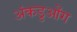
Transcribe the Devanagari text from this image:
अंकडुओंग